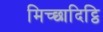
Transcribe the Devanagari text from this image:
मिच्छादिट्ठि